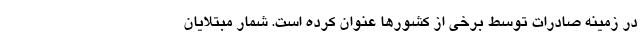
در زمینه صادرات توسط برخی از کشورها عنوان کرده است. شمار مبتلایان